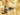
حتى